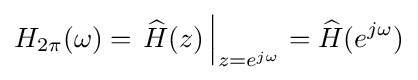
H_{2\pi }(\omega )=\left.{\widehat {H}}(z)\,\right|_{z=e^{j\omega }}={\widehat {H}}(e^{j\omega })